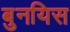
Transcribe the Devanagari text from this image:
बुनयिस